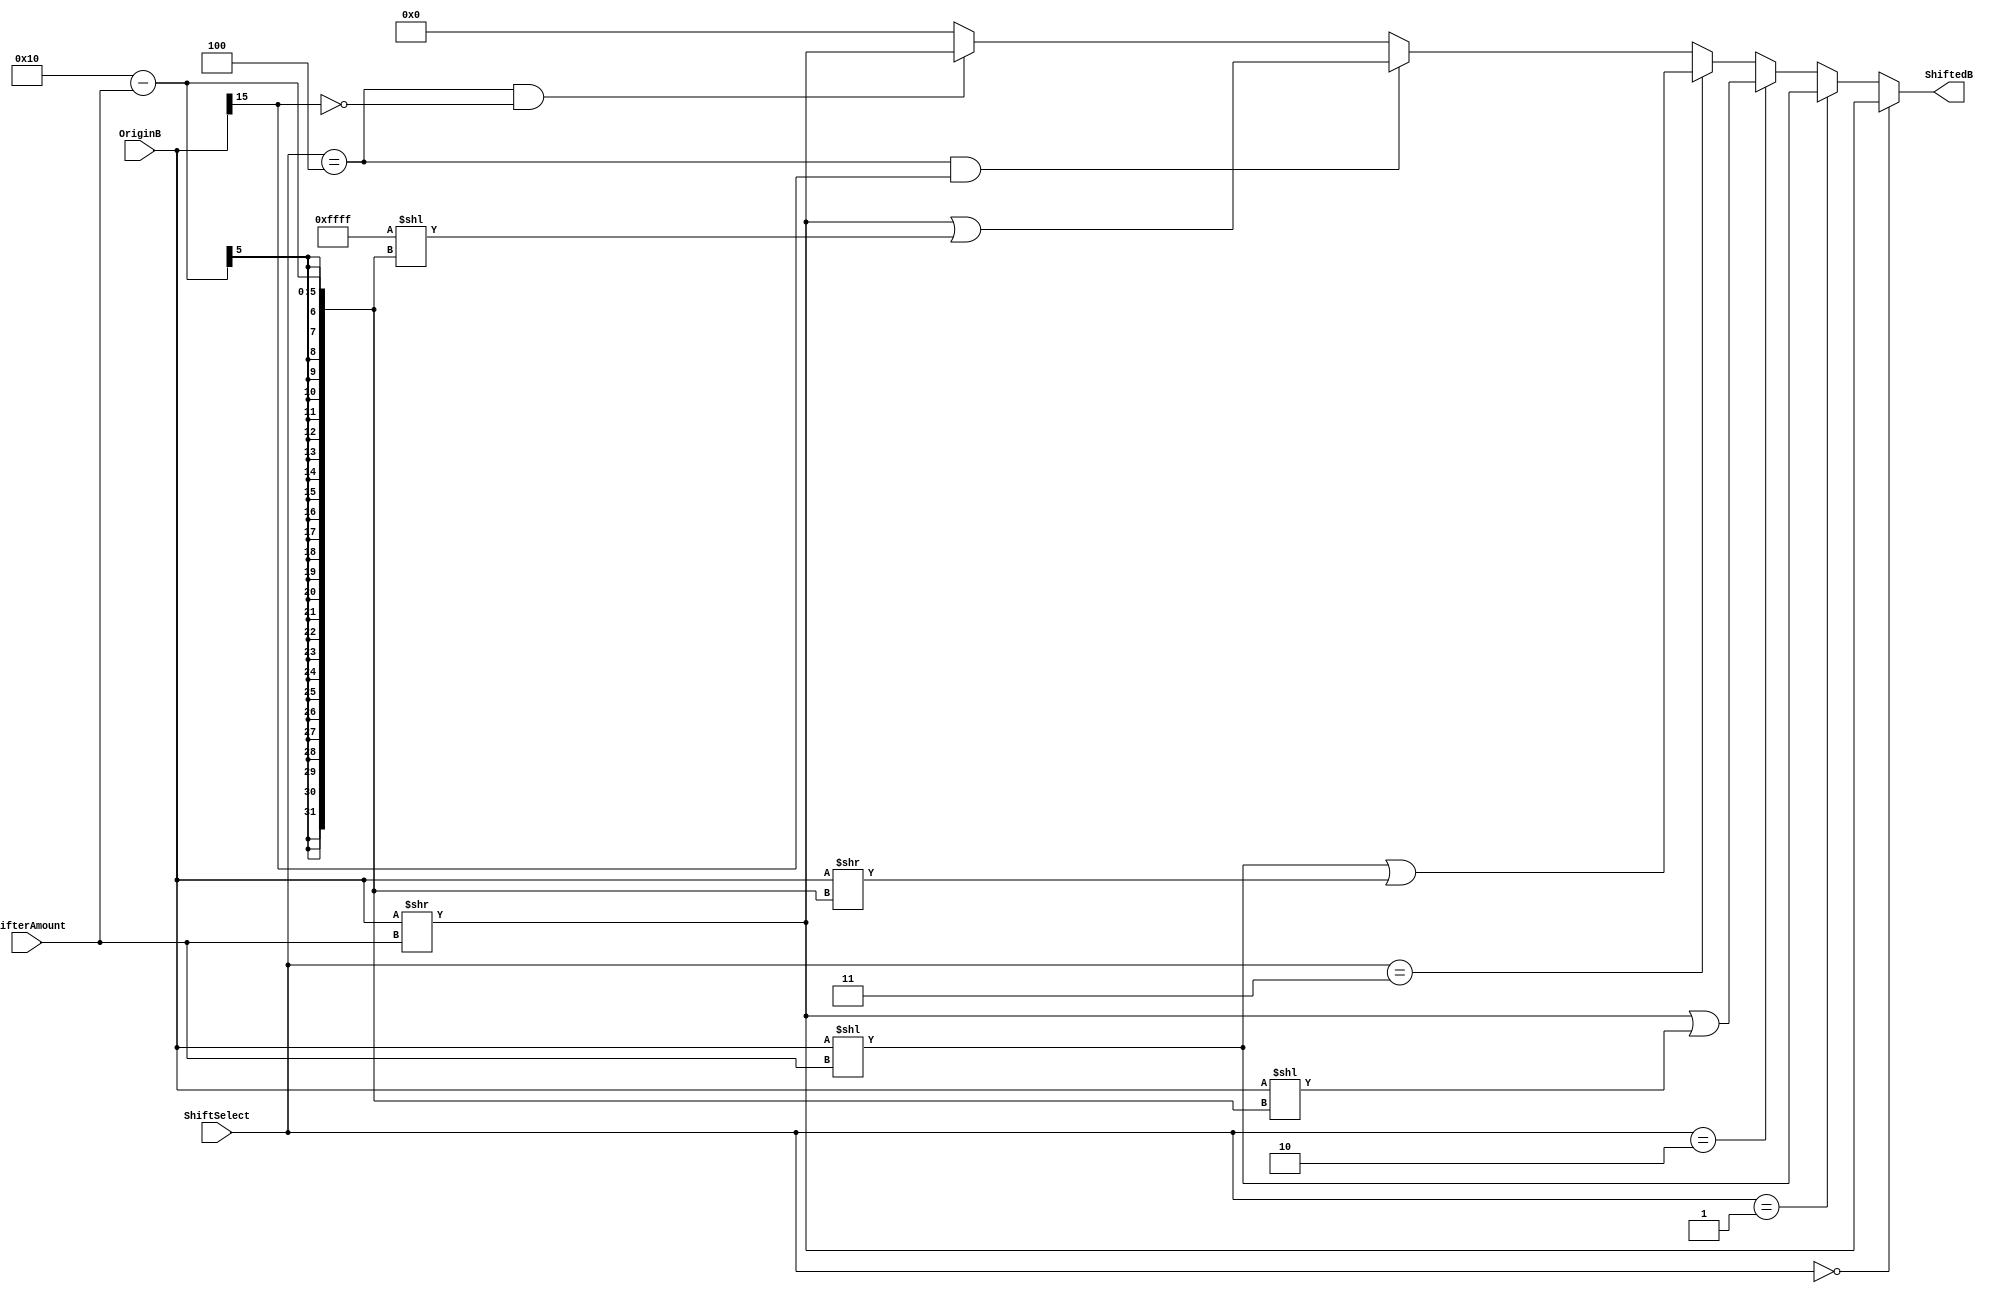
module BarrelShifter ( input [2:0] ShiftSelect,
                       input [3:0] ShifterAmount,
                       input [15:0] OriginB,
                       output [15:0] ShiftedB);
    
    parameter UNDEFINE = 16'b0000_0000_0000_0000;
           
    assign ShiftedB = ( ShiftSelect == 3'b000 ) ? ( OriginB >> ShifterAmount ) :
                      ( ShiftSelect == 3'b001 ) ? ( OriginB << ShifterAmount ) :
                      ( ShiftSelect == 3'b010 ) ? ( ( OriginB >> ShifterAmount ) | ( OriginB << (16 - ShifterAmount) ) ) :
                      ( ShiftSelect == 3'b011 ) ? ( ( OriginB << ShifterAmount ) | ( OriginB >> (16 - ShifterAmount) ) ) :
                      ( ShiftSelect == 3'b100 && (OriginB[15] == 1) ) ? ( ( OriginB >> ShifterAmount ) | ( (16'b1111_1111_1111_1111) << (16 - ShifterAmount) ) ) : 
                      ( ShiftSelect == 3'b100 && (OriginB[15] == 0) ) ? ( OriginB >> ShifterAmount ) : UNDEFINE;
    
    /*always@(*) begin
        $display("%b %b", OriginB, ShiftedB);
    end*/

endmodule